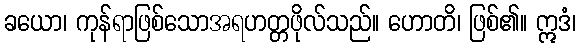
ခယော၊ ကုန်ရာဖြစ်သောအရဟတ္တဖိုလ်သည်။ ဟောတိ၊ ဖြစ်၏။ ဣဒံ၊